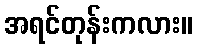
အရင်တုန်းကလား။